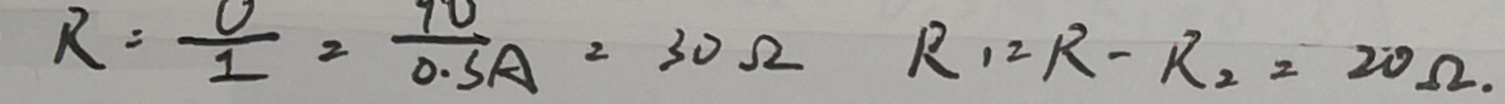
R = \frac { U } { 1 } = \frac { 9 v } { 0 . 3 A } = 3 0 \Omega R _ { 1 } = R - R _ { 2 } = 2 0 \Omega .